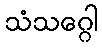
သံသဂ္ဂေါ